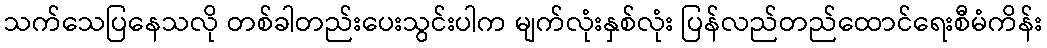
သက်သေပြနေသလို တစ်ခါတည်းပေးသွင်းပါက မျက်လုံးနှစ်လုံး ပြန်လည်တည်ထောင်ရေးစီမံကိန်း